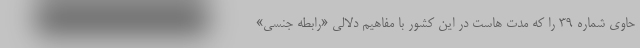
حاوی شماره ۳۹ را که مدت هاست در این کشور با مفاهیم دلالی «رابطه جنسی»